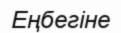
Еңбегіне